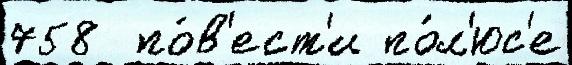
758  по́в'ест'и по́л'юс'е